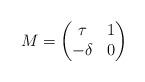
LaTeX: \begin{align*}M=\begin{pmatrix}\tau & 1 \\-\delta & 0\end{pmatrix}\end{align*}